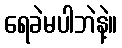
ရေခဲမပါဘဲနဲ့။